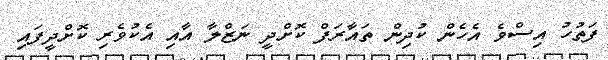
ފަތުހު އިސްވެ އެހެން ކުދިން ތައާރަފް ކޮށްދީ ނަޒްލާ އާއި އެކުވެރި ކޮށްދީފައި